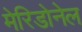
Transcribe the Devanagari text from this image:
मेरिडोनेल